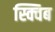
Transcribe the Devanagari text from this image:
स्क्विब